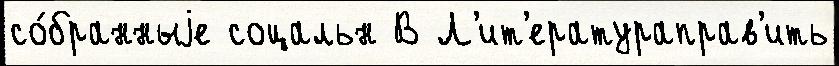
со́бранныjе соцальн В Л'ит'ератураправ'ить